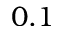
0 . 1